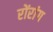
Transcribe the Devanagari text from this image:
रोंरांग